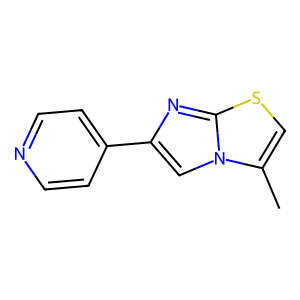
SMILES: Cc1csc2nc(-c3ccncc3)cn12
Inhibits HIV replication: No